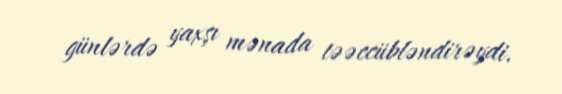
günlərdə yaxşı mənada təəccübləndirəydi.